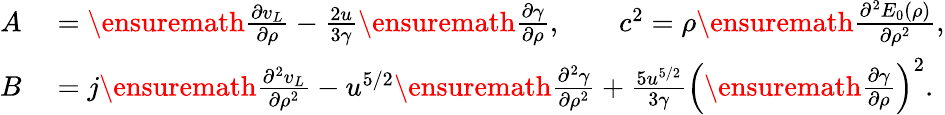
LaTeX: \begin{array}{rl}{A}&{{}=\ensuremath{\frac{\partial v_{L}}{\partial\rho}}-\frac{2u}{3\gamma}\ensuremath{\frac{\partial\gamma}{\partial\rho}},\qquad c^{2}=\rho\ensuremath{\frac{\partial^{2}E_{0}(\rho)}{\partial\rho^{2}}},}\\ {B}&{{}=j\ensuremath{\frac{\partial^{2}v_{L}}{\partial\rho^{2}}}-u^{5/2}\ensuremath{\frac{\partial^{2}\gamma}{\partial\rho^{2}}}+\frac{5u^{5/2}}{3\gamma}\left(\ensuremath{\frac{\partial\gamma}{\partial\rho}}\right)^{2}.}\end{array}